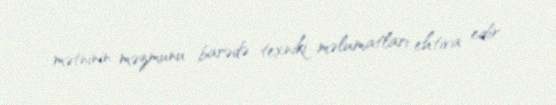
mətninin məzmunu barədə texniki məlumatları ehtiva edir.